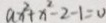
a x ^ { 2 } + x ^ { 2 } - 2 - 1 = 0